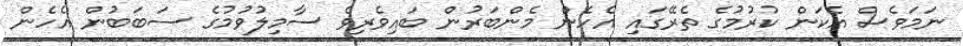
ނަމަވެސް އެކަން ކުރުމުގެ ތެރޭގައި އެހެން މެންބަރުން ބައިވެރިވެ ސާމިލުވުމުގެ ސަބަބުން އެހެން